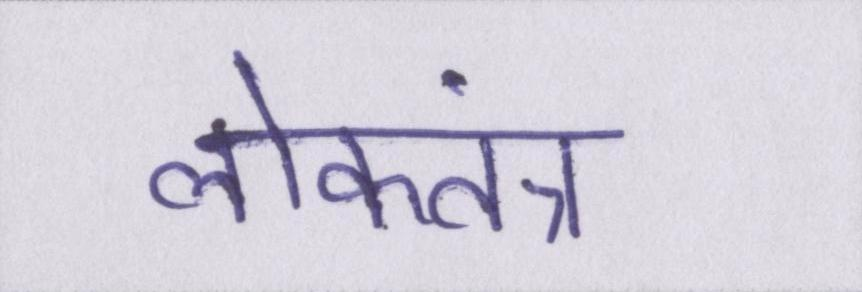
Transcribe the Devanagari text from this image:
लोकतंत्र